Leaving Certificate Examination (including Day School Certificate (Higher) General paper), 1934
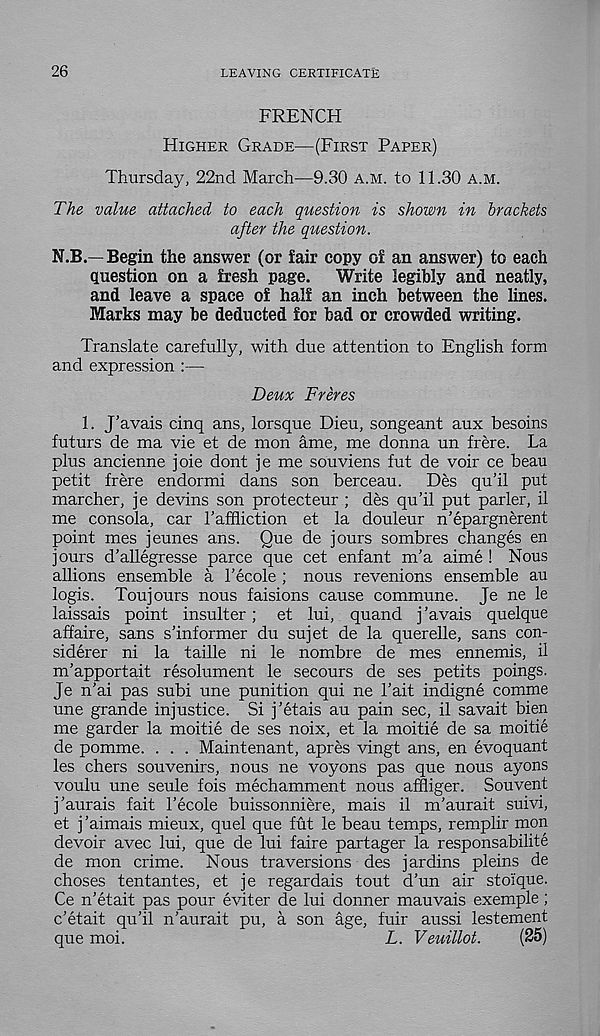
26
LEAVING CERTIFICATE
FRENCH
HIGHER GRADE—(FIRST PAPER)
Thursday, 22nd March—9.30 A.M. to 11.30 A.M.
The value attached to each question is shown in brackets
after the question.
N.B.—Begin the answer (or fair copy ol an answer) to each
Question on a fresh page. Write legibly and neatly,
and leave a space of half an inch between the lines.
Marks may be deducted for bad or crowded writing.
Translate carefully, with due attention to English form
and expression :—
Deux Freres
1. J’avais cinq ans, lorsque Dieu, songeant aux besoins
futurs de ma vie et de mon ame, me donna un frere. La
plus ancienne joie dont je me souviens fut de voir ce beau
petit frere endormi dans son berceau. Des qu’il put
marcher, je devins son protecteur ; des qu’il put parler, il
me consola, car I’affliction et la douleur n’epargnerent
point mes jeunes ans. Que de jours sombres changes en
jours d’allegresse parce que cet enfant m’a aime ! Nous
allions ensemble a 1’ecole ; nous revenions ensemble au
logis. Toujours nous faisions cause commune. Je ne le
laissais point insulter; et lui, quand j ’avais quelque
affaire, sans s’informer du sujet de la querelle, sans con-
siderer ni la taille ni le nombre de mes ennemis, il
m’apportait resolument le secours de ses petits poings.
Je n’ai pas subi une punition qui ne Tait indigne comme
une grande injustice. Si j’etais au pain sec, il savait bien
me garder la moitie de ses noix, et la moitie de sa moitie
de pomme. . . . Maintenant, apres vingt ans, en evoquant
les chers souvenirs, nous ne voyons pas que nous ayons
voulu une seule fois mechamment nous affliger. Souvent
j’aurais fait 1’ecole buissonniere, mais il m’aurait suivi,
et j ’aimais mieux, quel que fut le beau temps, remplir mon
devoir avec lui, que de lui faire partager la responsabilite
de mon crime. Nous traversions des jardins pleins de
choses tentantes, et je regardais tout d’un air stoique.
Ce n’etait pas pour eviter de lui donner mauvais exemple;
c’etait qu’il n’aurait pu, a son age, fuir aussi lestement
que moi.
L. Veuillot.
(25)